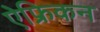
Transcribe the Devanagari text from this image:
ऐफ्रिकन